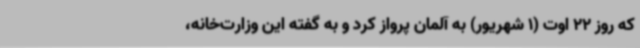
که روز 22 اوت (1 شهریور) به آلمان پرواز کرد و به گفته این وزارت‌خانه،